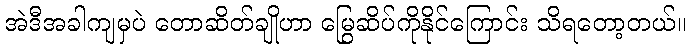
အဲဒီအခါကျမှပဲ တောဆိတ်ချိုဟာ မြွေဆိပ်ကိုနိုင်ကြောင်း သိရတော့တယ်။